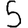
Digit: 5